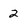
Character: 2